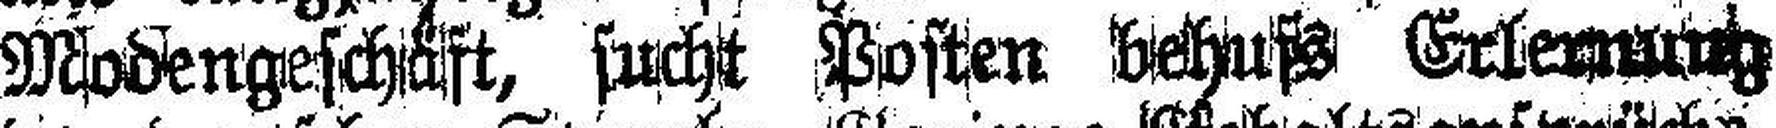
Modengeschäft, sucht Posten behufs Erlemuntz